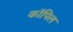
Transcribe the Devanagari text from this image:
कॉपिल